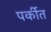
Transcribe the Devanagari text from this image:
पर्कीत